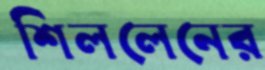
শিললেনের